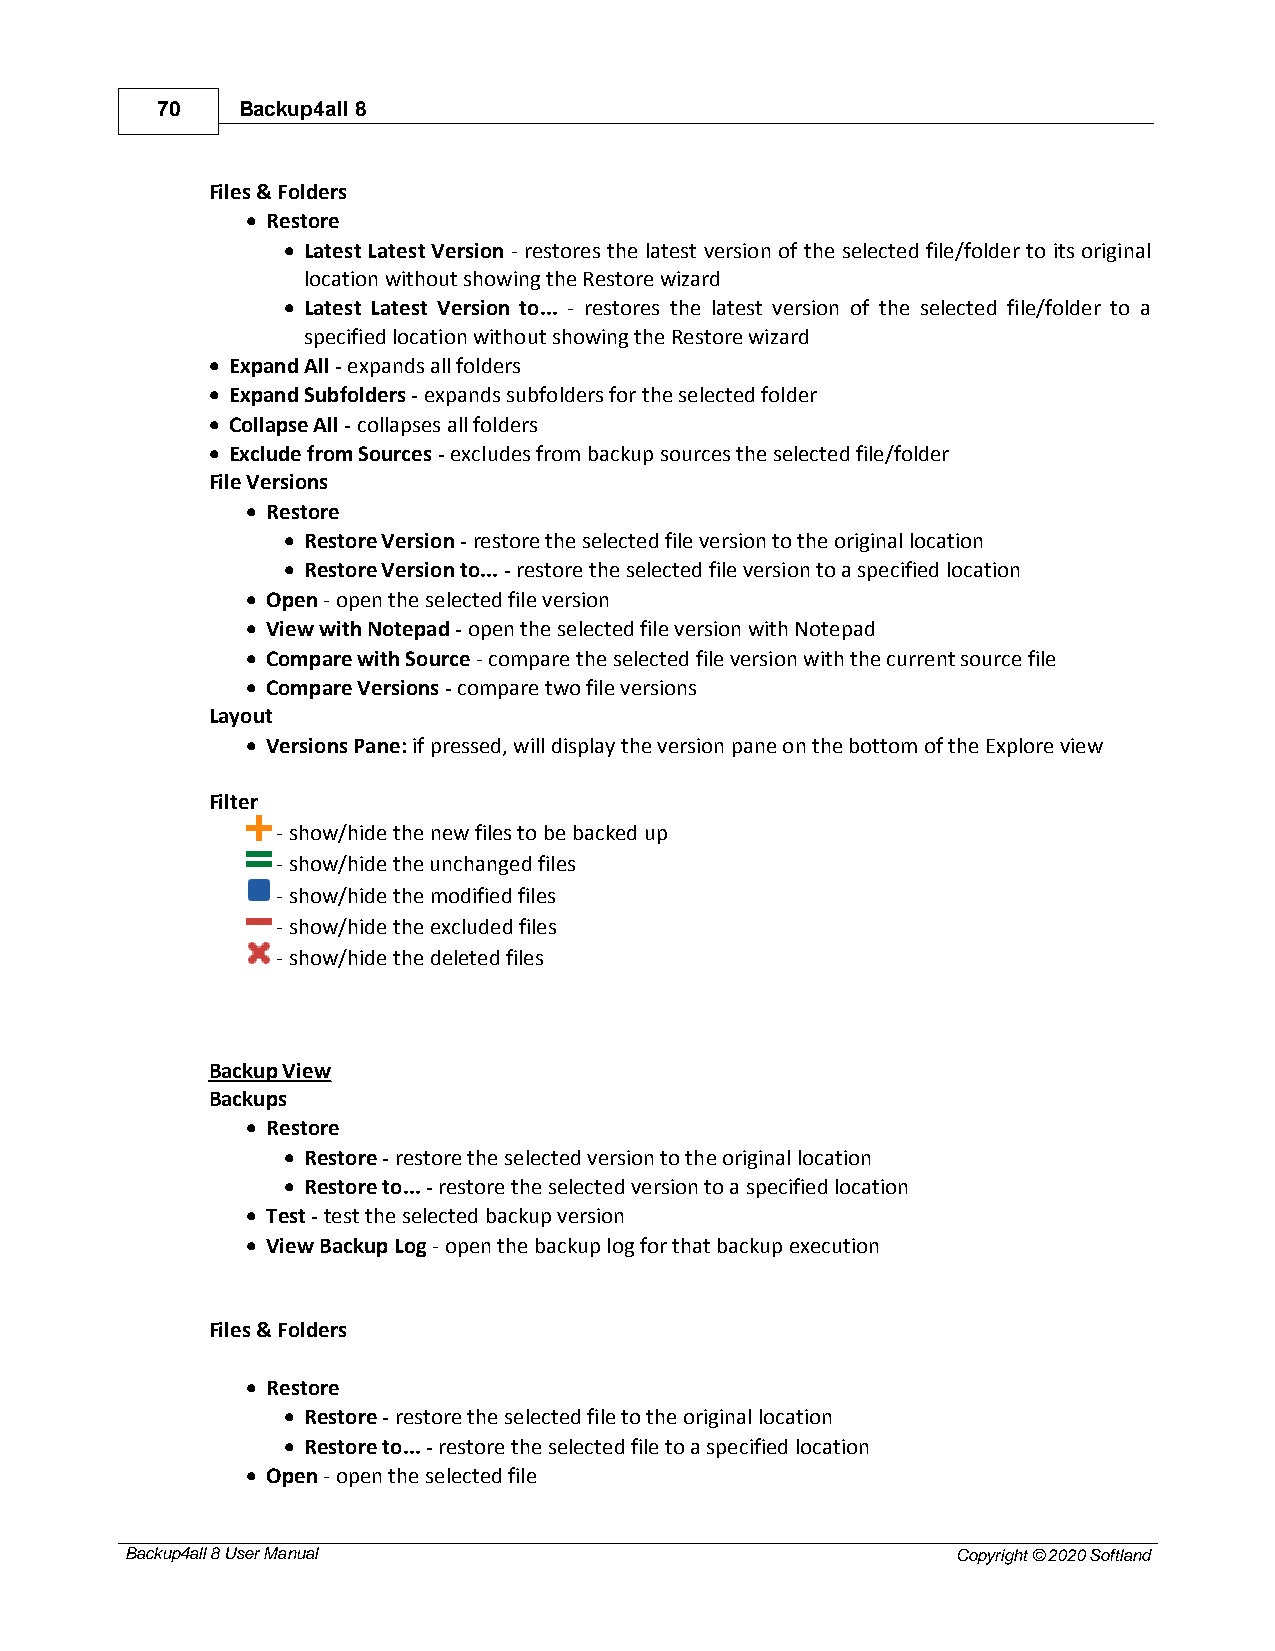
70    Backup4all 8
 Files & Folders
 · Restore
 · Latest Latest Version - restores the latest version of the selected file/folder to its original
 location without showing the Restore wizard
 · Latest Latest Version to... - restores the latest version of the selected file/folder to a
 specified location without showing the Restore wizard
 · Expand All - expands all folders
 · Expand Subfolders - expands subfolders for the selected folder
 · Collapse All - collapses all folders
 · Exclude from Sources - excludes from backup sources the selected file/folder
 File Versions
 · Restore
 · Restore Version - restore the selected file version to the original location
 · Restore Version to... - restore the selected file version to a specified location
 · Open - open the selected file version
 · View with Notepad - open the selected file version with Notepad
 · Compare with Source - compare the selected file version with the current source file
 · Compare Versions - compare two file versions
 Layout
 · Versions Pane: if pressed, will display the version pane on the bottom of the Explore view
 Filter
 - show/hide the new files to be backed up
 - show/hide the unchanged files
 - show/hide the modified files
 - show/hide the excluded files
 - show/hide the deleted files
 Backup View
 Backups
 · Restore
 · Restore - restore the selected version to the original location
 · Restore to... - restore the selected version to a specified location
 · Test - test the selected backup version
 · View Backup Log - open the backup log for that backup execution
 Files & Folders
 · Restore
 · Restore - restore the selected file to the original location
 · Restore to... - restore the selected file to a specified location
 · Open - open the selected file
 Backup4all 8 User Manual                               Copyright © 2020 Softland